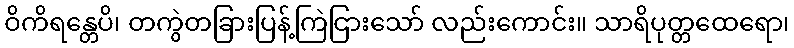
ဝိကိရန္တေပိ၊ တကွဲတခြားပြန့်ကြဲငြားသော် လည်းကောင်း။ သာရိပုတ္တထေရော၊